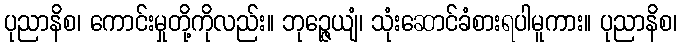
ပုညာနိစ၊ ကောင်းမှုတို့ကိုလည်း။ ဘုဉ္ဇေယျံ၊ သုံးဆောင်ခံစားရပါမူကား။ ပုညာနိစ၊